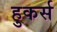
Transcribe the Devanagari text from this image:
हुकर्स